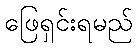
ဖြေရှင်းရမည်